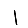
Digit: 1